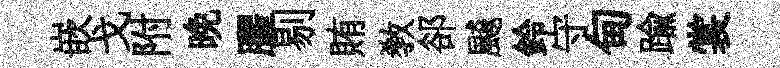
嵌戈附晩臞剔賄敎郤飇鈴守甸踰裳